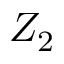
Z _ { 2 }